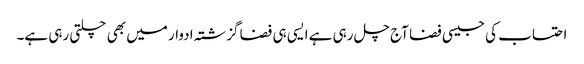
احتساب کی جیسی فضا آج چل رہی ہے ایسی ہی فضا گزشتہ ادوار میں بھی چلتی رہی ہے۔